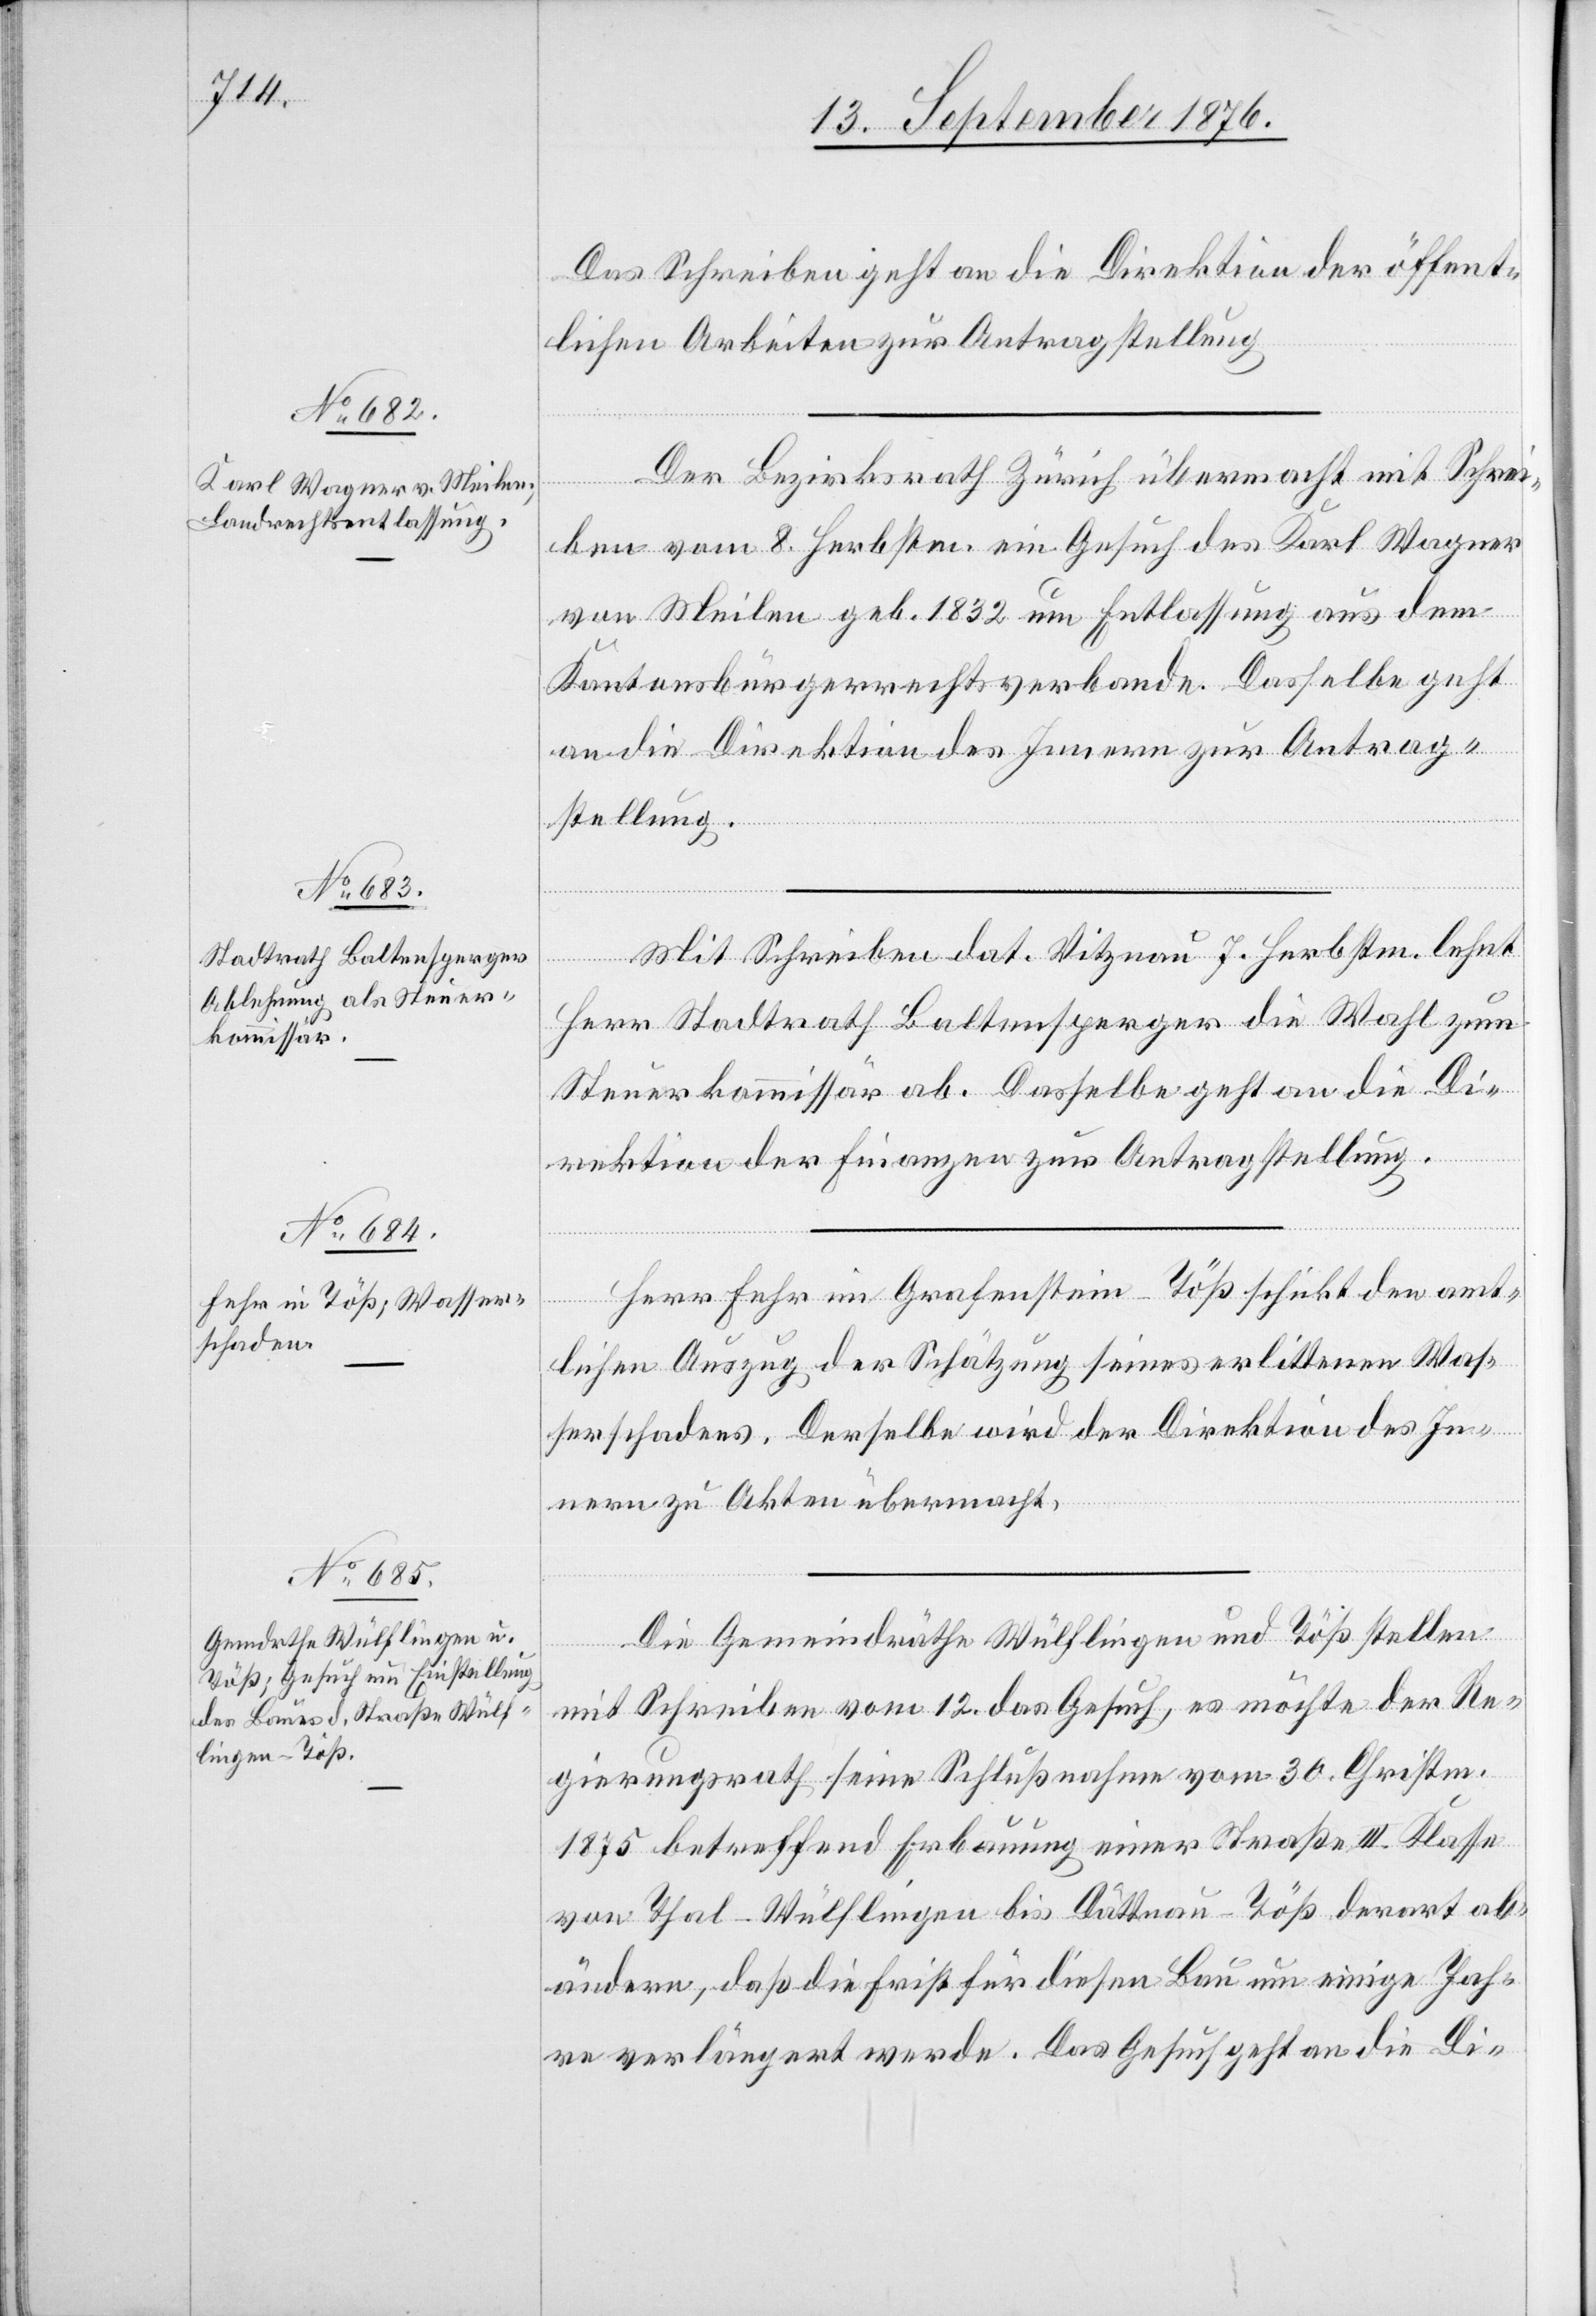
13. September 1876.]
Das Schreiben geht an die Direktion der öffent¬
lichen Arbeiten zur Antragstellung.
Der Bezirksrath Zürich übermacht mit Schrei¬
ben vom 8. Herbstm. ein Gesuch des Karl Wagner
von Meilen geb. 1832 um Entlassung aus dem
Kantonsbürgerrechtsverbande. Dasselbe geht
an die Direktion des Innern zur Antrag¬
stellung.
Mit Schreiben dat. Vitznau 7. Herbstm. lehnt
Herr Stadtrath Baltensperger die Wahl zum
Steuerkommissär ab. Dasselbe geht an die Di¬
rektion der Finanzen zur Antragstellung.
Herr Fehr im Grafenstein - Töß schickt den amt¬
lichen Auszug der Schätzung seines erlittenen Was¬
serschadens. Derselbe wird der Direktion des In¬
nern zu den Akten übermacht.
Die Gemeindräthe Wülflingen und Töß stellen
mit Schreiben vom 12. das Gesuch, es möchte der Re¬
gierungsrath seine Schlußnahme vom 30. Christm.
1875 betreffend Erbauung einer Straße III. Klasse
von Thal–Wülflingen bis Dättnau–Töß derart ab¬
ändern, daß die Frist für diesen Bau um einige Jah¬
re verlängert werde. Das Gesucht geht an die Di-